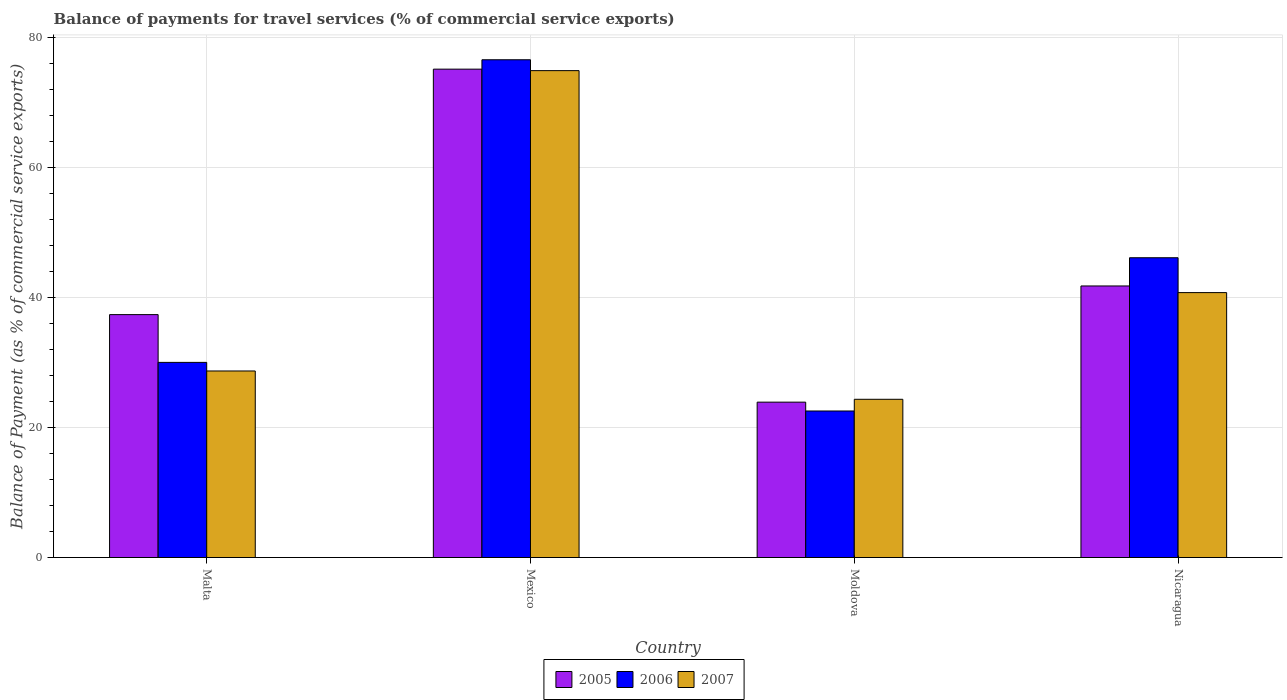
| Country | 2005 | 2006 | 2007 |
 | --- | --- | --- | --- |
 | Malta | 37.4 | 30 | 28.7 |
 | Mexico | 75.2 | 76.6 | 75 |
 | Moldova | 23.9 | 22.6 | 24.4 |
 | Nicaragua | 41.8 | 46.2 | 40.8 |